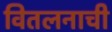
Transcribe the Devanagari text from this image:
वितलनाची